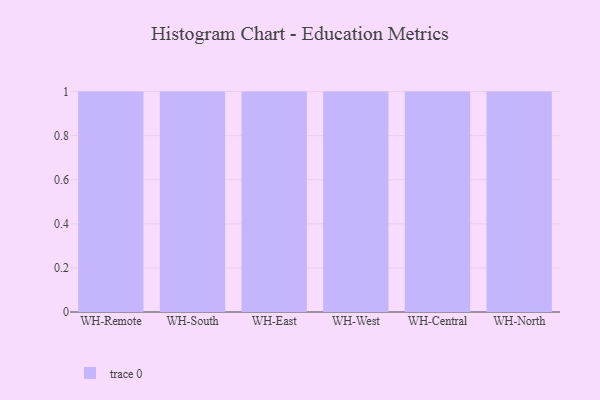
{"axis": {"x": "Warehouse", "y": "Humidity (%)"}, "legend": [""], "data": [{"x": "WH-Remote", "y": 24, "type": ""}, {"x": "WH-South", "y": 49, "type": ""}, {"x": "WH-East", "y": 79, "type": ""}, {"x": "WH-West", "y": 5, "type": ""}, {"x": "WH-Central", "y": 67, "type": ""}, {"x": "WH-North", "y": 87, "type": ""}]}